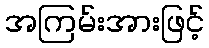
အကြမ်းအားဖြင့်